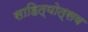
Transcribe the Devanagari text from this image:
साहित्योत्सव